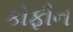
કોફીન